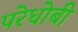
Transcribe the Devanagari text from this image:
परेधोबी